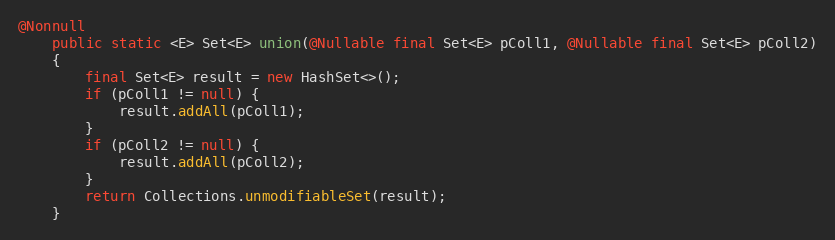
Language: Java
@Nonnull
    public static <E> Set<E> union(@Nullable final Set<E> pColl1, @Nullable final Set<E> pColl2)
    {
        final Set<E> result = new HashSet<>();
        if (pColl1 != null) {
            result.addAll(pColl1);
        }
        if (pColl2 != null) {
            result.addAll(pColl2);
        }
        return Collections.unmodifiableSet(result);
    }